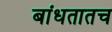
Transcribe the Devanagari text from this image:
बांधतातच